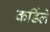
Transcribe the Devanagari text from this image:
कर्डिले